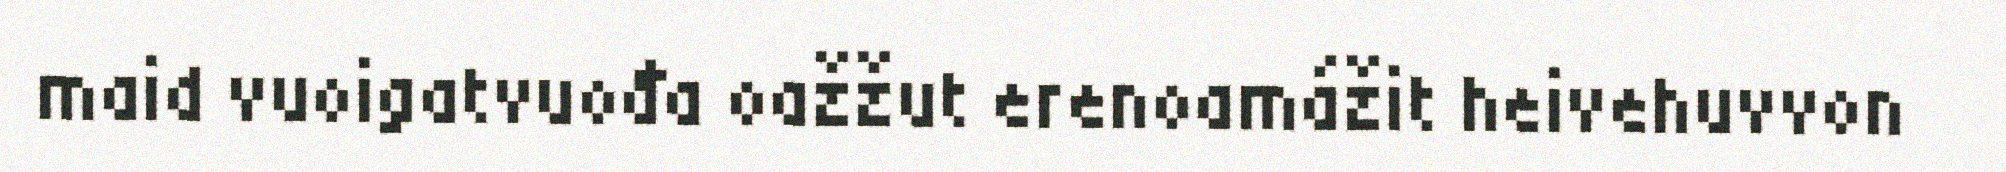
maid vuoigatvuođa oažžut erenoamážit heivehuvvon